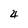
Character: 4